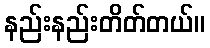
နည်းနည်းတိတ်တယ်။